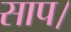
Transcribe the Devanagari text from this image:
साप।